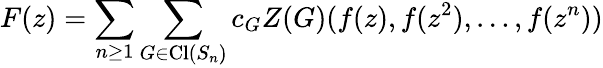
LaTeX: F(z)=\sum_{n\geq 1}\sum_{G\in\operatorname{Cl}(S_{n})}c_{G}Z(G)(f(z),f(z^{2}),\ldots,f(z^{n}))